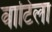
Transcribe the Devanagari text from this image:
वाटिला